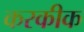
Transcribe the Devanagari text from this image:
करकीक